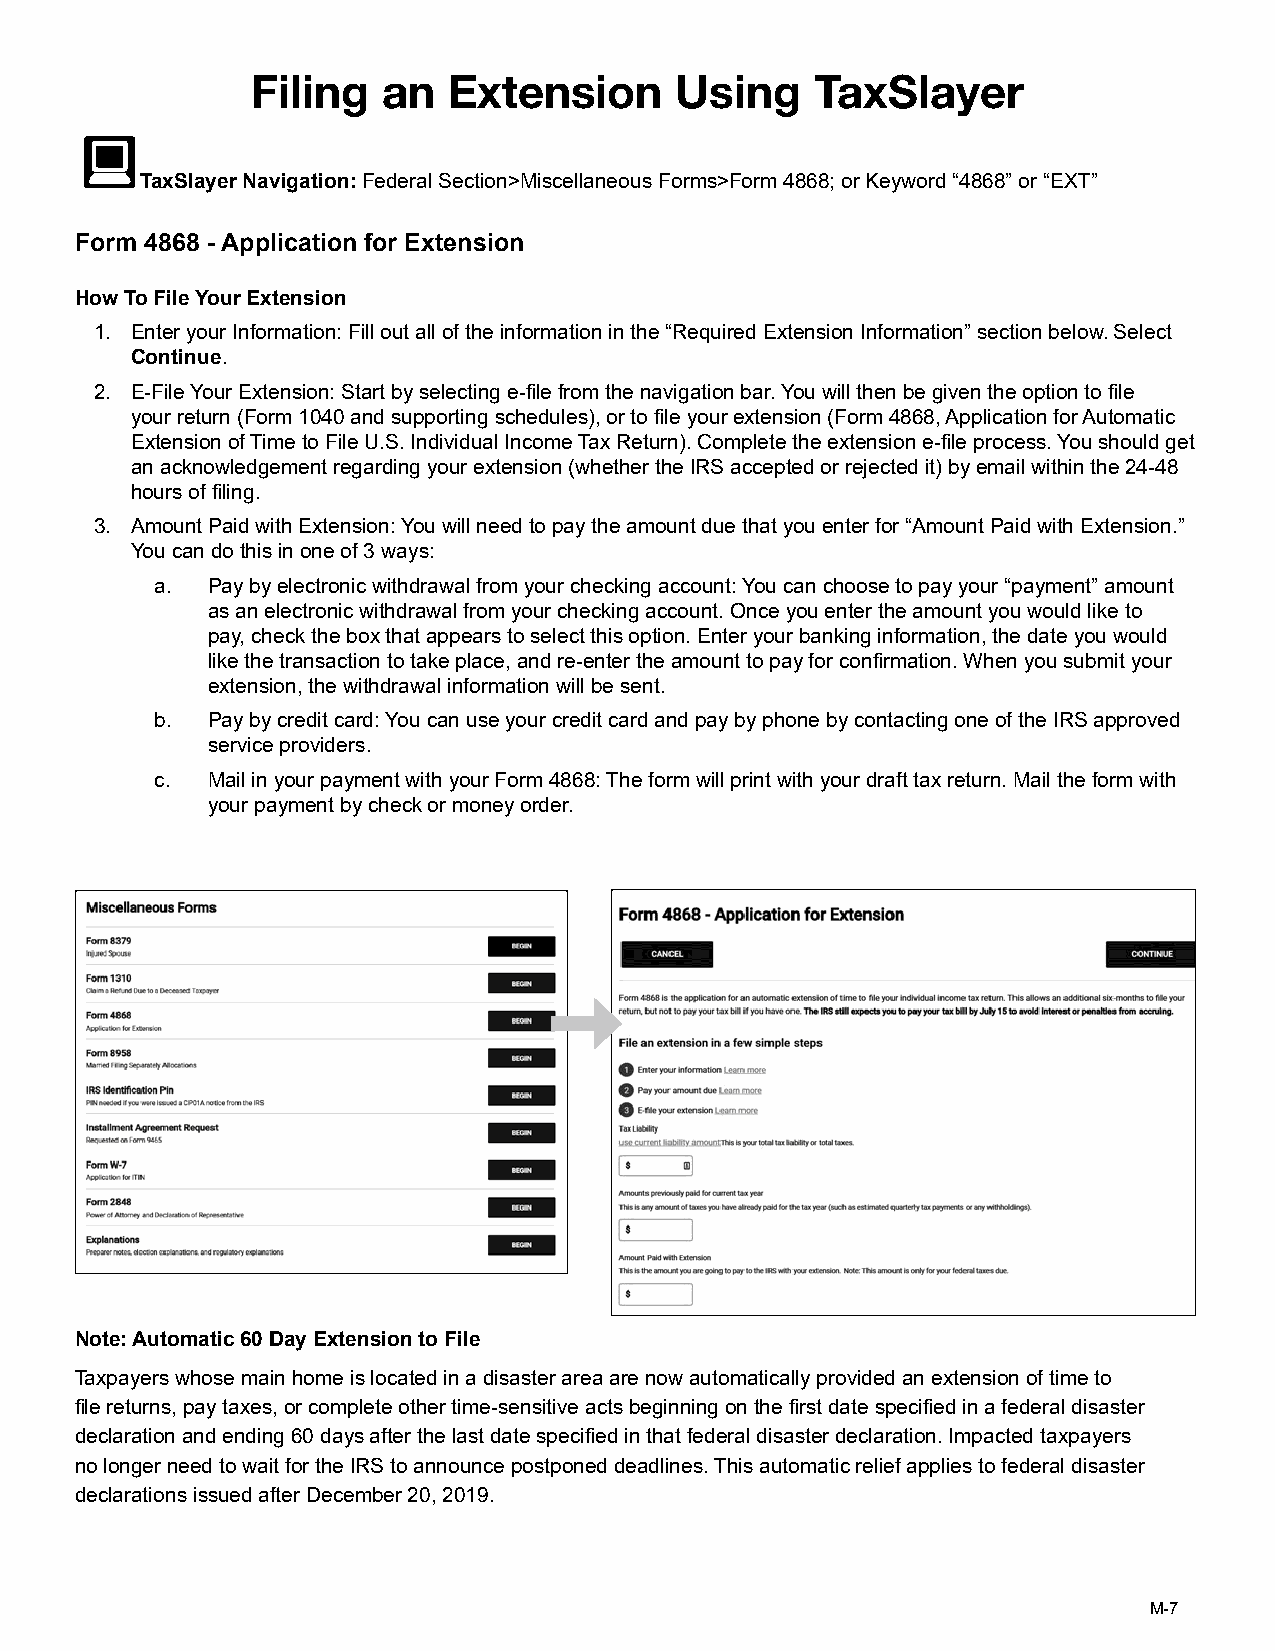
Filing  an   Extension      Using    TaxSlayer
 TaxSlayer Navigation: Federal Section>Miscellaneous Forms>Form 4868; or Keyword “4868” or “EXT”
 Form 4868 - Application for Extension
 How To File Your Extension
 1. Enter your Information: Fill out all of the information in the “Required Extension Information” section below. Select
 Continue.
 2. E-File Your Extension: Start by selecting e-file from the navigation bar. You will then be given the option to file
 your return (Form 1040 and supporting schedules), or to file your extension (Form 4868, Application for Automatic
 Extension of Time to File U.S. Individual Income Tax Return). Complete the extension e-file process. You should get
 an acknowledgement regarding your extension (whether the IRS accepted or rejected it) by email within the 24-48
 hours of filing.
 3. Amount Paid with Extension: You will need to pay the amount due that you enter for “Amount Paid with Extension.”
 You can do this in one of 3 ways:
 a.  Pay by electronic withdrawal from your checking account: You can choose to pay your “payment” amount
 as an electronic withdrawal from your checking account. Once you enter the amount you would like to
 pay, check the box that appears to select this option. Enter your banking information, the date you would
 like the transaction to take place, and re-enter the amount to pay for confirmation. When you submit your
 extension, the withdrawal information will be sent.
 b.  Pay by credit card: You can use your credit card and pay by phone by contacting one of the IRS approved
 service providers.
 c.  Mail in your payment with your Form 4868: The form will print with your draft tax return. Mail the form with
 your payment by check or money order.
 Note: Automatic 60 Day Extension to File
 Taxpayers whose main home is located in a disaster area are now automatically provided an extension of time to
 file returns, pay taxes, or complete other time-sensitive acts beginning on the first date specified in a federal disaster
 declaration and ending 60 days after the last date specified in that federal disaster declaration. Impacted taxpayers
 no longer need to wait for the IRS to announce postponed deadlines. This automatic relief applies to federal disaster
 declarations issued after December 20, 2019.
 M-7